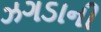
ઝગડાની